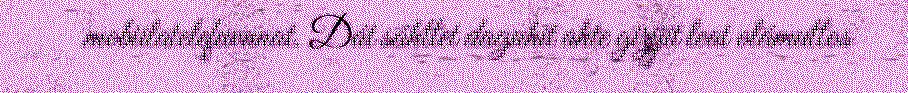
mobiilatelefuvnnat. Dát sáhttet daguhit ahte girjjit leat olámuttos